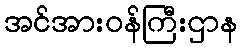
အင်အားဝန်ကြီးဌာန